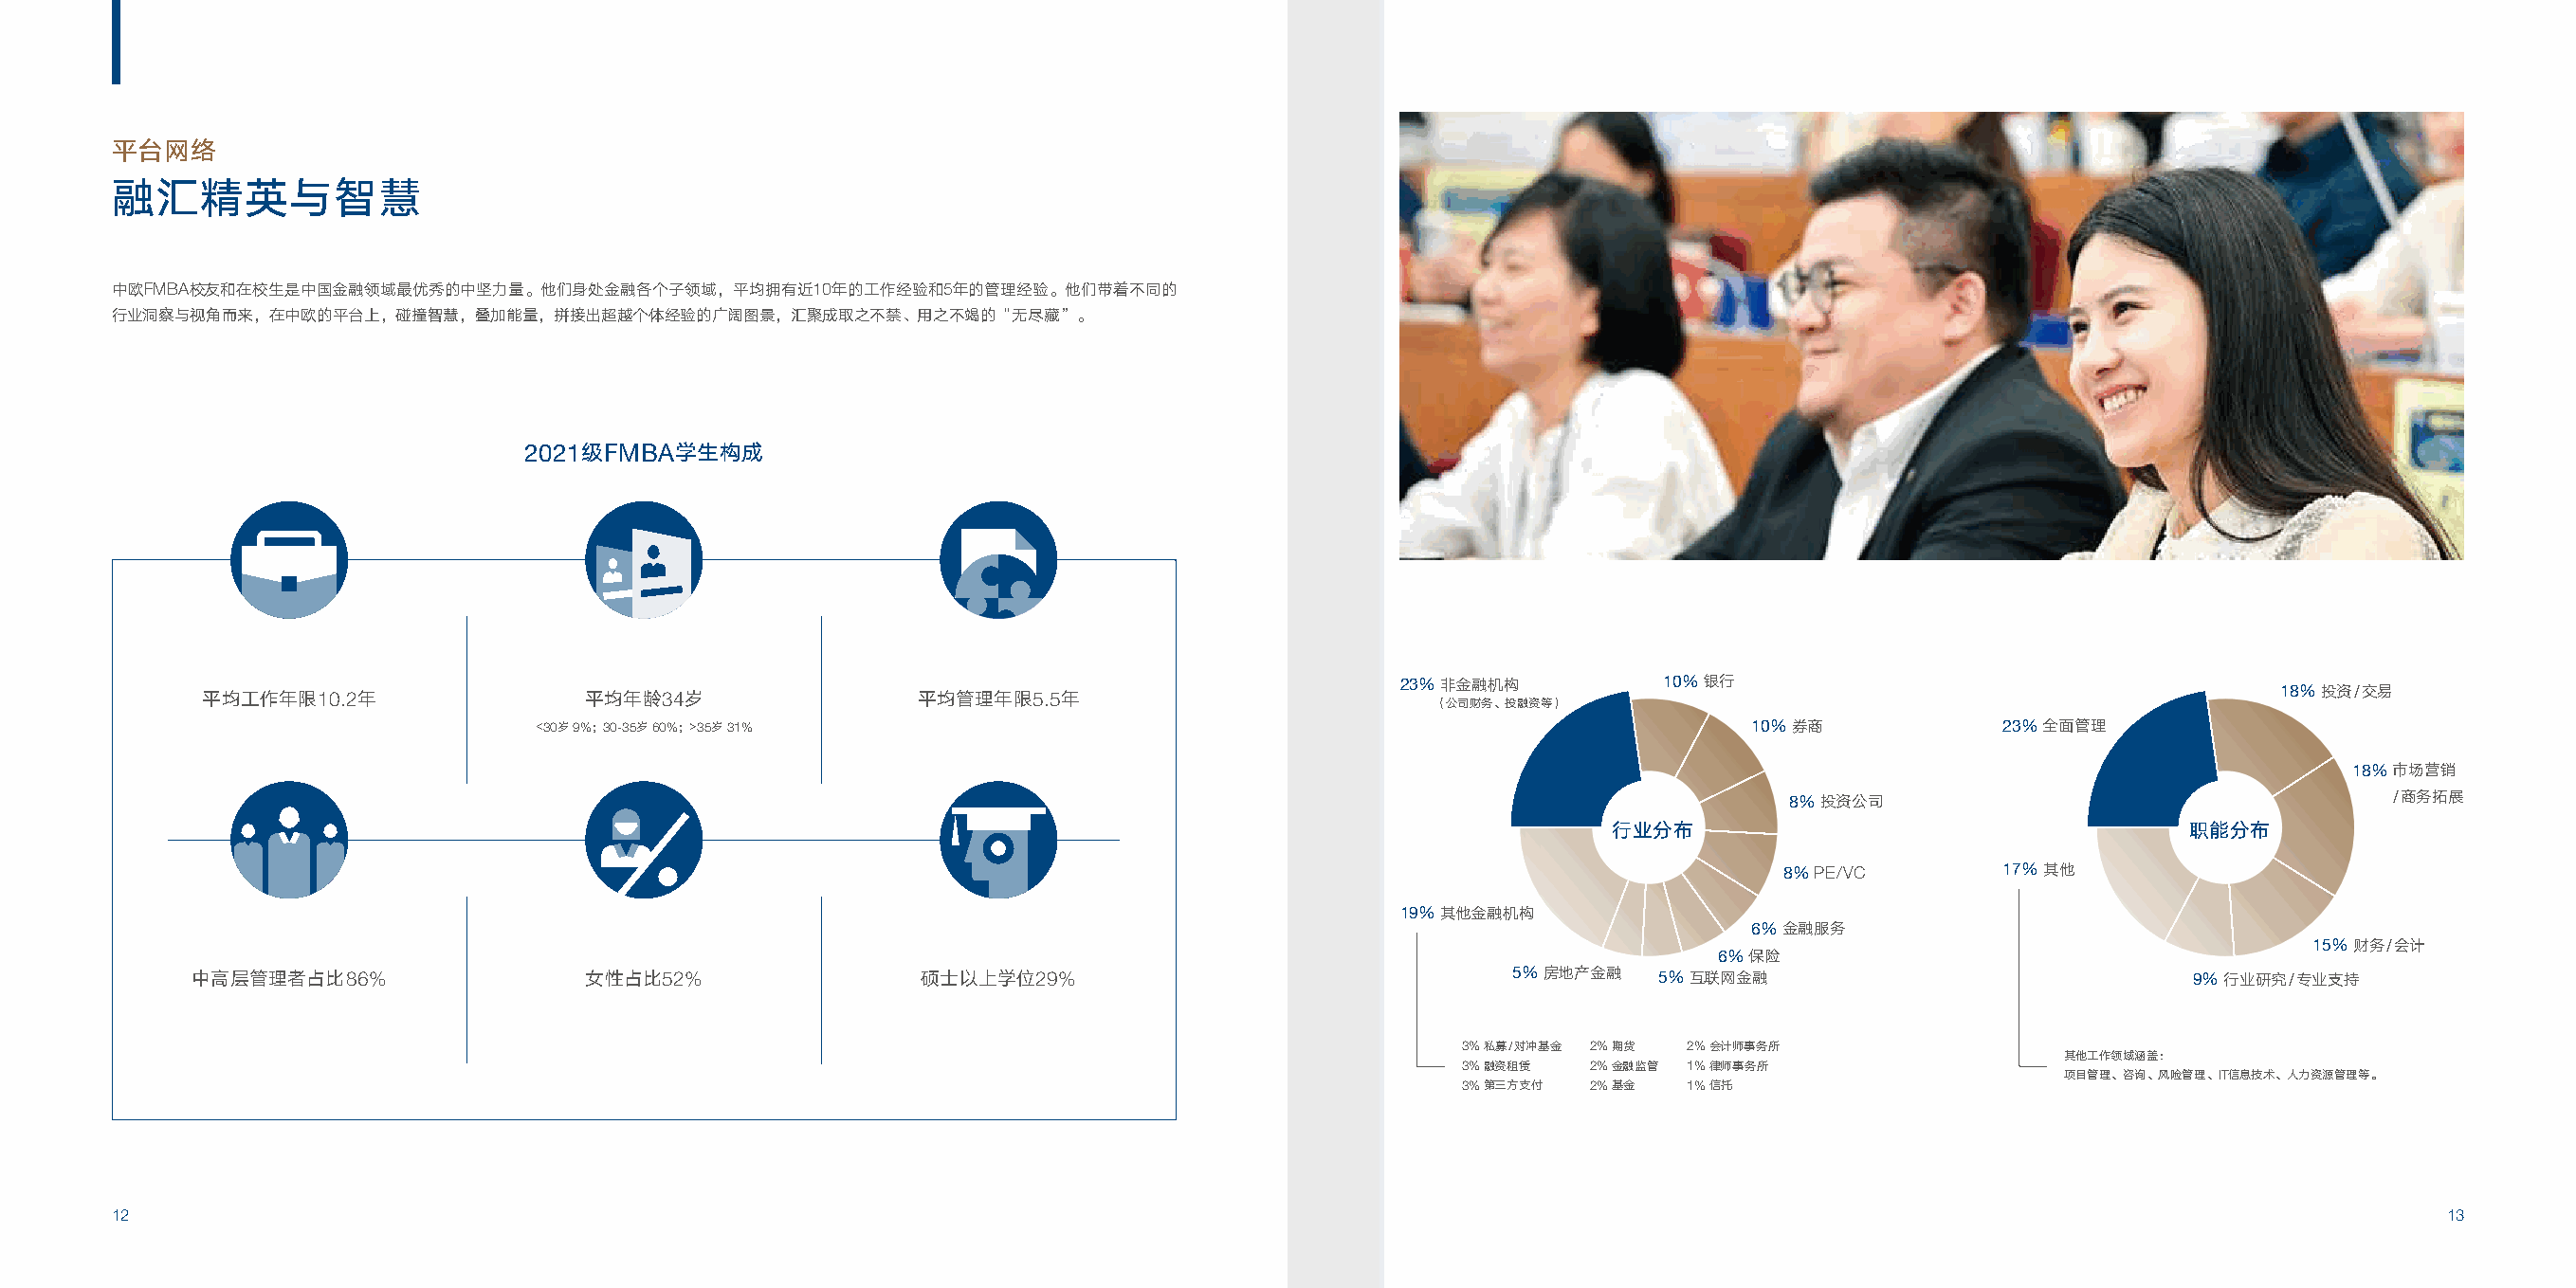
平台网络
 融汇精英与智慧
 中欧FMBA校友和在校生是中国金融领域最优秀的中坚力量。他们身处金融各个子领域，平均拥有近10年的工作经验和5年的管理经验。他们带着不同的
 行业洞察与视角而来，在中欧的平台上，碰撞智慧，叠加能量，拼接出超越个体经验的广阔图景，汇聚成取之不禁、用之不竭的“无尽藏”。
 2021级FMBA学生构成
 平均工作年限10.2年                平均年龄34岁                平均管理年限5.5年                        23% 非金融机构         10% 银行                                     18% 投资/交易
 （公司财务、投融资等）
 <30岁 9%；30-35岁 60%；>35岁 31%                                                          10% 券商            23% 全面管理
 18% 市场营销
 8% 投资公司                                   /商务拓展
 行业分布                                    职能分布
 8% PE/VC       17% 其他
 19% 其他金融机构
 6% 金融服务
 15% 财务/会计
 6% 保险
 中高层管理者占比86%                 女性占比52%                硕士以上学位29%                                 5% 房地产金融  5% 互联网金融                             9% 行业研究/专业支持
 3% 私募/对冲基金 2% 期货 2% 会计师事务所
 其他工作领域涵盖：
 3% 融资租赁  2% 金融监管 1% 律师事务所
 项目管理、咨询、风险管理、IT信息技术、人力资源管理等。
 3% 第三方支付 2% 基金  1% 信托
 12                                                                                                                                                                 13